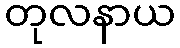
တုလနာယ